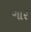
ગાર